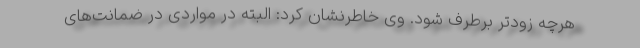
هرچه زودتر برطرف شود. وی خاطرنشان کرد: البته در مواردی در ضمانت‌های